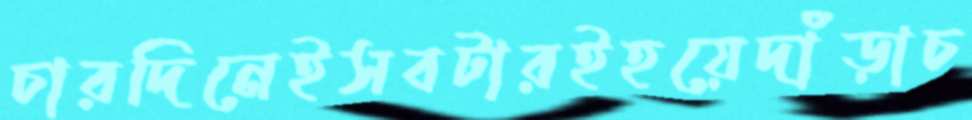
চারদিনেইসবটারইহয়েদাঁড়াচ